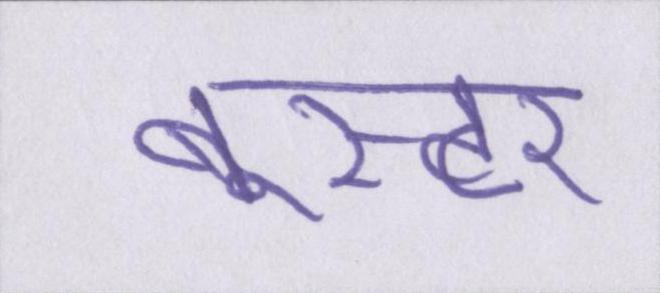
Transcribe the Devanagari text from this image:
बूस्टर